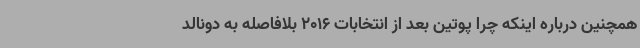
همچنین درباره اینکه چرا پوتین بعد از انتخابات 2016 بلافاصله به دونالد